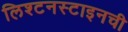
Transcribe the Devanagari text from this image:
लिश्टनस्टाइनची